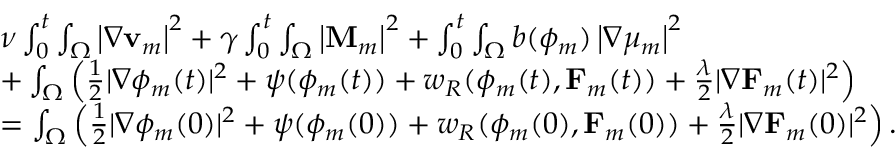
\begin{array} { r l } & { \nu \int _ { 0 } ^ { t } \int _ { \Omega } \left| \nabla \mathbf { v } _ { m } \right| ^ { 2 } + \gamma \int _ { 0 } ^ { t } \int _ { \Omega } \left| \mathbf { M } _ { m } \right| ^ { 2 } + \int _ { 0 } ^ { t } \int _ { \Omega } b ( \phi _ { m } ) \left| \nabla \mu _ { m } \right| ^ { 2 } } \\ & { + \int _ { \Omega } \left( \frac { 1 } { 2 } | \nabla \phi _ { m } ( t ) | ^ { 2 } + \psi ( \phi _ { m } ( t ) ) + w _ { R } ( \phi _ { m } ( t ) , \mathbf { F } _ { m } ( t ) ) + \frac { \lambda } { 2 } | \nabla \mathbf { F } _ { m } ( t ) | ^ { 2 } \right) } \\ & { = \int _ { \Omega } \left( \frac { 1 } { 2 } | \nabla \phi _ { m } ( 0 ) | ^ { 2 } + \psi ( \phi _ { m } ( 0 ) ) + w _ { R } ( \phi _ { m } ( 0 ) , \mathbf { F } _ { m } ( 0 ) ) + \frac { \lambda } { 2 } | \nabla \mathbf { F } _ { m } ( 0 ) | ^ { 2 } \right) . } \end{array}